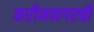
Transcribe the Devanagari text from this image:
करीमनगरची